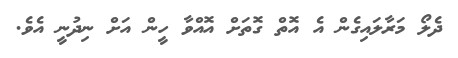
ދެލޯ މަރާލައިގެން އެ އޮތް ގޮތަށް އޮއްވާ ހީން އަށް ނިދުނީ އެވެ.